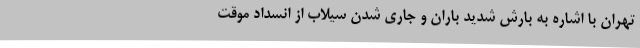
تهران با اشاره به بارش شدید باران و جاری شدن سیلاب از انسداد موقت